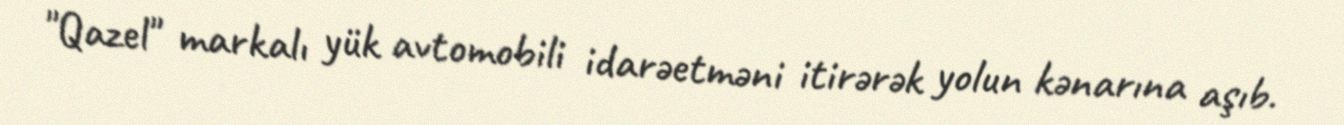
"Qazel" markalı yük avtomobili idarəetməni itirərək yolun kənarına aşıb.